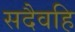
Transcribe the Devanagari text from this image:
सदैवहि